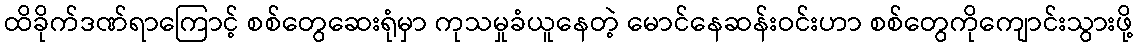
ထိခိုက်ဒဏ်ရာကြောင့် စစ်တွေဆေးရုံမှာ ကုသမှုခံယူနေတဲ့ မောင်နေဆန်းဝင်းဟာ စစ်တွေကိုကျောင်းသွားဖို့